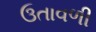
ઉતાવળી